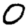
Digit: 0